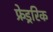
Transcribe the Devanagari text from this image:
फ्रेड्ररिक